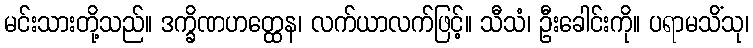
မင်းသားတို့သည်။ ဒက္ခိဏဟတ္ထေန၊ လက်ယာလက်ဖြင့်။ သီသံ၊ ဦးခေါင်းကို။ ပရာမသိံသု၊